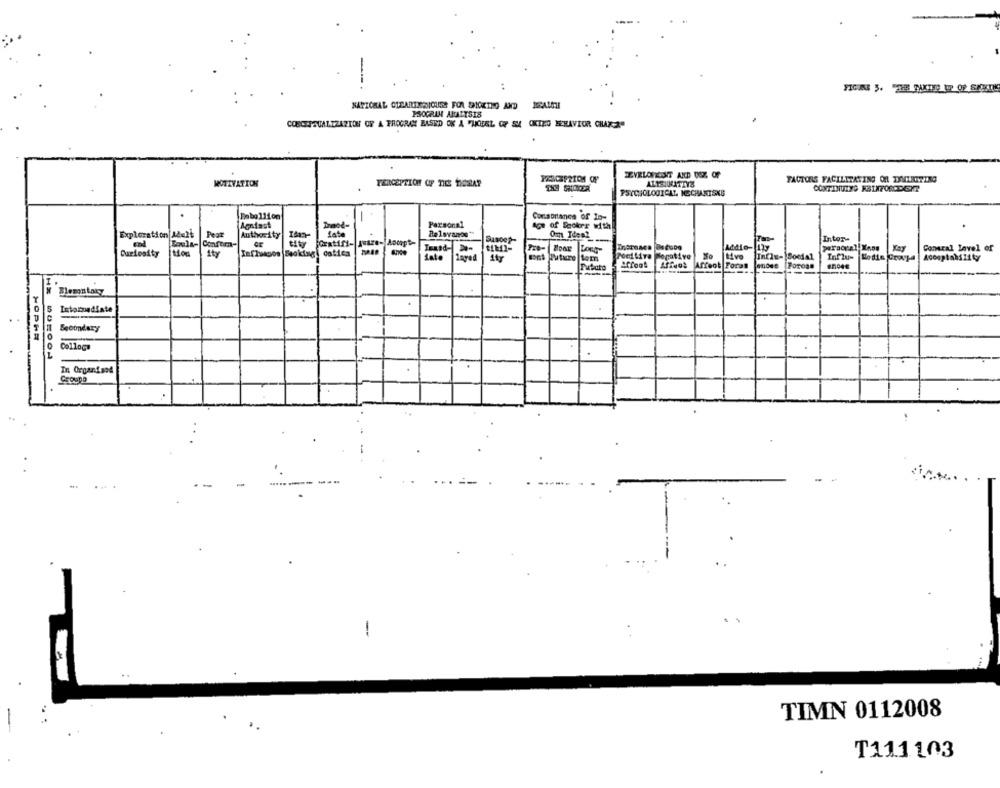
PROGRAM ANALYSIS
CONCEPTUALIZATION OF A PROGRAM BASED ON A "MODEL OF SM OKIZO BEHAVIOR CHAZZ"
TEVELONESNT AND USZ OF
FACTORS FACILITATING ON TXMERITING
MOTIVATION
PSYCHOLOGICAT. MECHANISKG
Contabitanes of Io-
Agafast
Traod-
Personal
age of Focker with
Exploration 12-2₺
Authority
fate
Intor-
Soula- Confom-
tity
Horatifi- quare- Aoorpt-
Sasoep-
Addio- 1ly
Curiosity
ity
Tefhados Saoking, catica
Teand- >-
Kay
Conaral Level of
tate
Zagad
est Tuture tom
Positive Negative
Influ- Hodie Grovja
Aceaptability
Strook
Affeos Affeot Forat onose Foross
Blemontak
Internediate
Secondary
HOPHE
Collog
In Organiand
-
TIMN 0112008
T111103